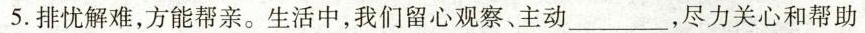
5.排忧解难，方能帮亲。生活中，我们留心观察、主动___，尽力关心和帮助